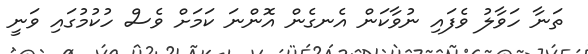
ތަނާ ހަވާލު ވެފައި ނުވާކަން އެނގެން އޮންނަ ކަމަށް ވެސް ހުކުމުގައި ވަނީ